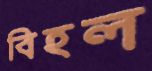
বিহল